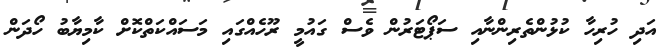
އަދި ހުރިހާ ކުޅުންތެރިންނާއި ސަޕޯޓަރުން ވެސް ގައުމީ ރޫހެއްގައި މަސައްކަތްކޮށް ކާމިޔާބު ހޯދަން